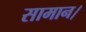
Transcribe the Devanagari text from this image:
सामान।